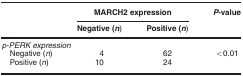
<table><thead><tr><td><b> </b></td><td colspan="2"><b>MARCH2 expression</b></td><td><b><i>P</i>-value</b></td></tr><tr><td><b> </b></td><td><b>Negative (<i>n</i>)</b></td><td><b>Positive (<i>n</i>)</b></td><td><b> </b></td></tr></thead><tbody><tr><td colspan="4"><i>p-PERK expression</i></td></tr><tr><td> Negative (<i>n</i>)</td><td>4</td><td>62</td><td>&lt;0.01</td></tr><tr><td> Positive (<i>n</i>)</td><td>10</td><td>24</td><td> </td></tr></tbody></table>